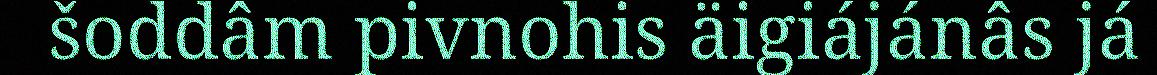
šoddâm pivnohis äigiájánâs já